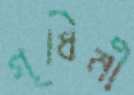
গৃধিনী